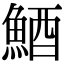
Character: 鯂